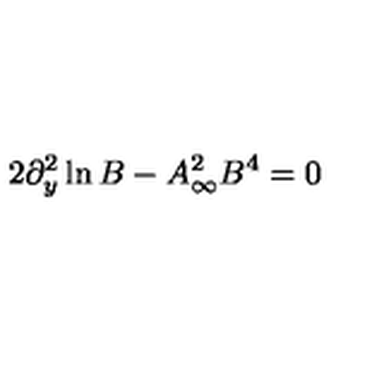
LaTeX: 2 \partial _ { y } ^ { 2 } \ln B - A _ { \infty } ^ { 2 } B ^ { 4 } = 0